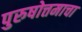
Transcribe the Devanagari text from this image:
पुरुषोत्तमाचा